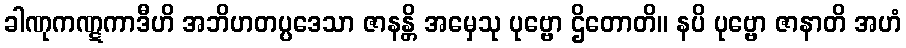
ခါဏုကဏ္ဋကာဒီဟိ အဘိဟတပ္ပဒေသာ ဇာနန္တိ အမှေသု ပုဗ္ဗော ဌိတောတိ။ နပိ ပုဗ္ဗော ဇာနာတိ အဟံ